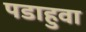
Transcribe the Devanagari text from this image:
पडाहुवा